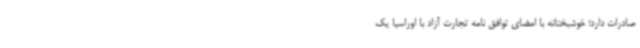
صادرات دارد؛ خوشبختانه با امضای توافق نامه تجارت آزاد با اوراسیا یک